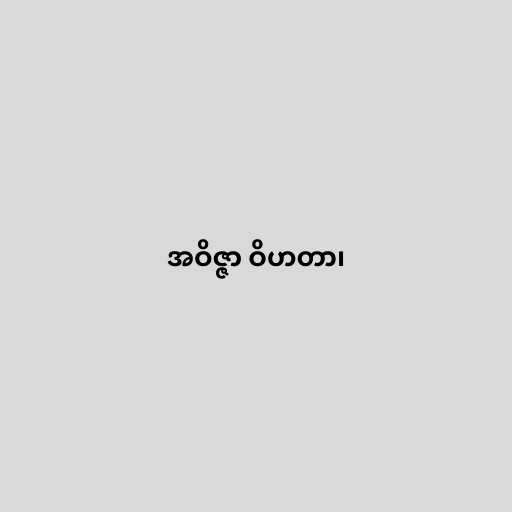
အဝိဇ္ဇာ ဝိဟတာ၊